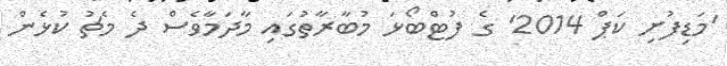
'މަޑިފުށި ކަޕް 2014' ގެ ފުޓްބޯޅަ މުބާރާތުގައި މާދަމާވެސް ދެ މެޗު ކުޅެން